Scottish Certificate of Education, 1962
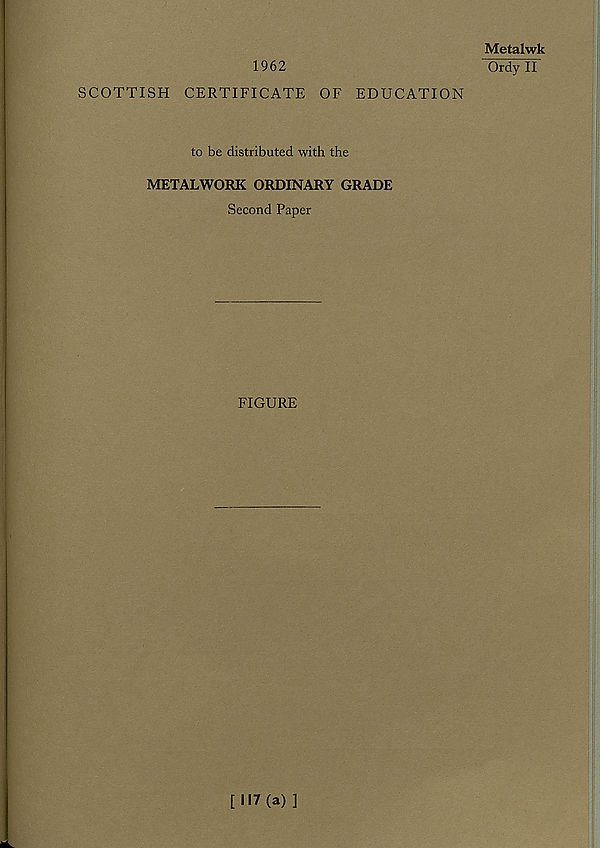
1962
SCOTTISH CERTIFICATE OF EDUCATION
Metalwk
Ordy II
to be distributed with the
METALWORK ORDINARY GRADE
Second Paper
FIGURE
[117(a)]